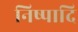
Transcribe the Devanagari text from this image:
निष्पादि